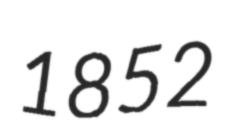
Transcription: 1852